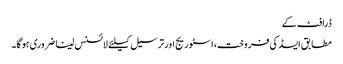
ڈرافٹ کے
مطابق ایسڈ کی فروخت، اسٹوریج اور ترسیل کیلئے لائسنس لینا ضروری ہوگا۔